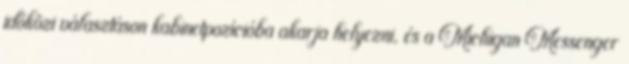
időközi választáson kabinetpozícióba akarja helyezni, és a Michigan Messenger